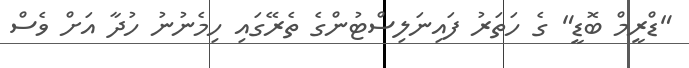
"ޑްރީމް ބޮޑީ" ގެ ހަތަރު ފައިނަލިސްޓުންގެ ތެރޭގައި ހިމެނުނު ހުދާ އަށް ވެސް